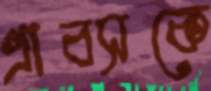
গ্রাবসকে